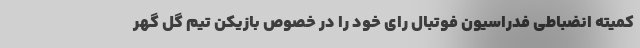
کمیته انضباطی فدراسیون فوتبال رای خود را در خصوص بازیکن تیم گل گهر